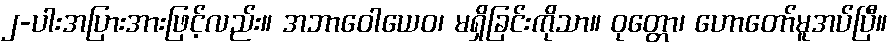
၂-ပါးအပြားအားဖြင့်လည်း။ အဘာဝေါယေဝ၊ မရှိခြင်းကိုသာ။ ဝုတ္တော၊ ဟောတော်မူအပ်ပြီ။